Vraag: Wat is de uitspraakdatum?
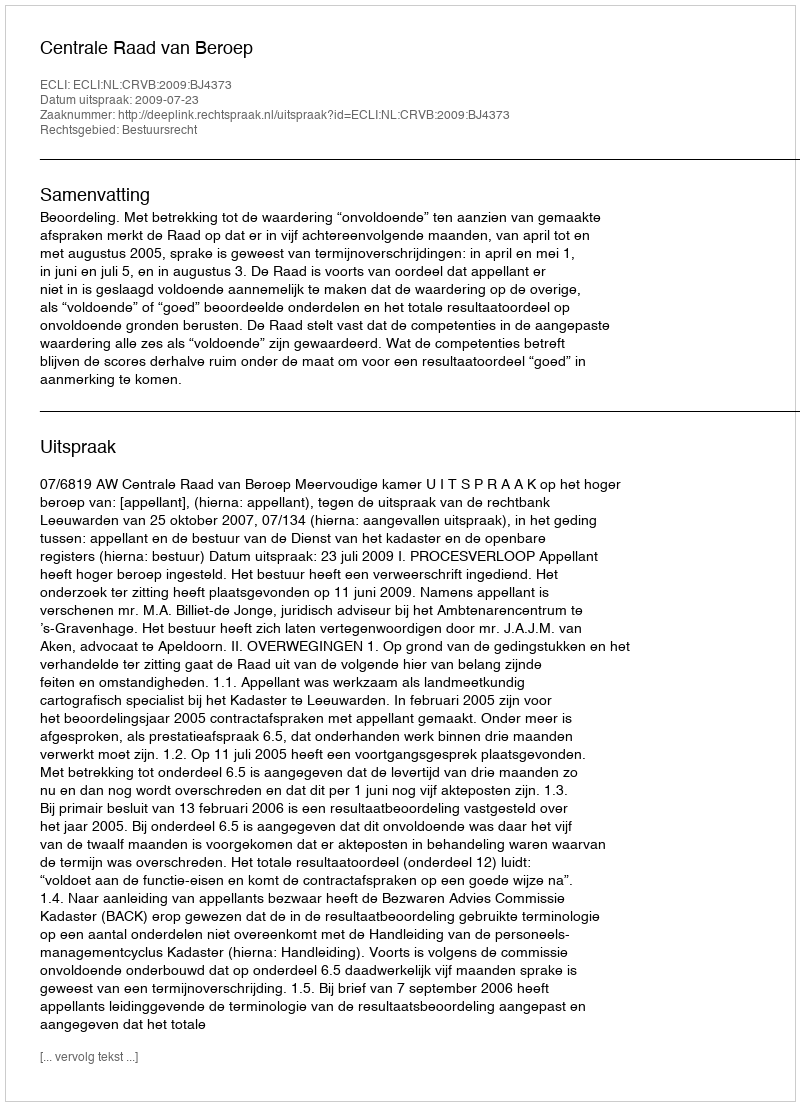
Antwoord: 2009-07-23